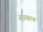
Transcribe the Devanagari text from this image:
सायत्न